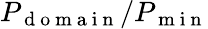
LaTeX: P_{\mathrm{~d~o~m~a~i~n~}}/P_{\mathrm{~m~i~n~}}